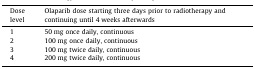
<table><thead><tr><td><b>Dose level</b></td><td><b>Olaparib dose starting three days prior to radiotherapy and continuing until 4 weeks afterwards</b></td></tr></thead><tbody><tr><td>1</td><td>50 mg once daily, continuous</td></tr><tr><td>2</td><td>100 mg once daily, continuous</td></tr><tr><td>3</td><td>100 mg twice daily, continuous</td></tr><tr><td>4</td><td>200 mg twice daily, continuous</td></tr></tbody></table>